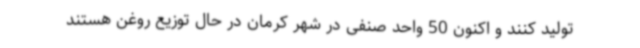
تولید کنند و اکنون 50 واحد صنفی در شهر کرمان در حال توزیع روغن هستند